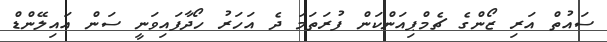
ސައުތް އަރި ޒޯންގެ ޗެމްޕިއަންކަން ފުރަތަމަ ދެ އަހަރު ހޯދާފައިވަނީ ސަން އައިލޭންޑް